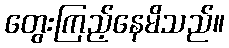
တွေးကြည့်နေမိသည်။